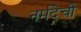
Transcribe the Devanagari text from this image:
नर्मदेची